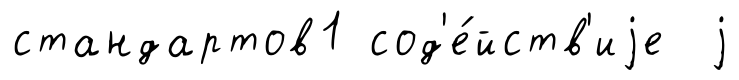
стандартов1 сод'е́йств'иjе j